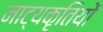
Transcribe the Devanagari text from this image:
नाट्यकृतियों